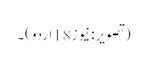
(تصویر:نیوز18اردو)۔